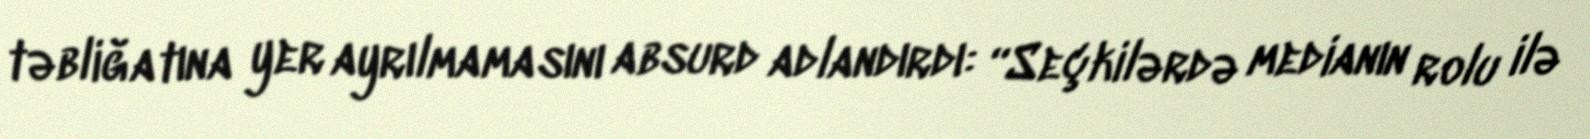
təbliğatına yer ayrılmamasını absurd adlandırdı: “Seçkilərdə medianın rolu ilə